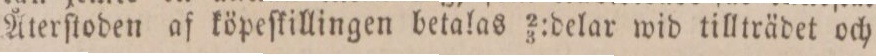
Återſtoden af köpeſkillingen betalas 2/3: delar wid tillträdet och